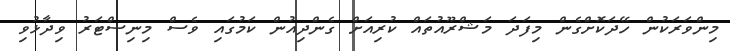
މިންވަރަކުން ހޭދަކޮށްގެން މިފަދަ މަޝްރޫއުތައް ކުރިއަށް ގެންދިއުން ކަމުގައި ވެސް މިނިސްޓަރު ވިދާޅުވި